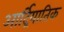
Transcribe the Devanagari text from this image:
आर्द्रियातिक